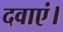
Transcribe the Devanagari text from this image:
दवाएं।